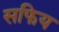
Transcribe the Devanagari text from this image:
सफिय